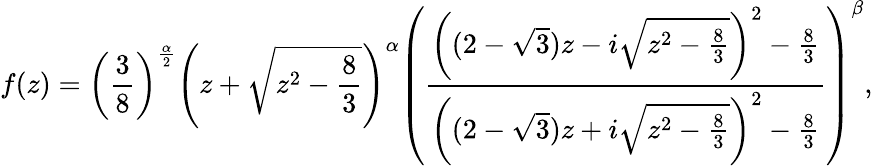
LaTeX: f(z)=\left(\frac{3}{8}\right)^{\frac{\alpha}{2}}\left(z+\sqrt{z^{2}-\frac{8}{3}}\right)^{\alpha}\left(\frac{\left((2-\sqrt{3})z-i\sqrt{z^{2}-\frac{8}{3}}\right)^{2}-\frac{8}{3}}{\left((2-\sqrt{3})z+i\sqrt{z^{2}-\frac{8}{3}}\right)^{2}-\frac{8}{3}}\right)^{{\beta}},